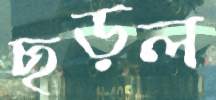
ছড়ল